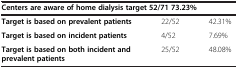
<table><thead><tr><td colspan="3"><b>Centers are aware of home dialysis target 52/71 73.23%</b></td></tr></thead><tbody><tr><td><b>Target is based on prevalent patients</b></td><td>22/52</td><td>42.31%</td></tr><tr><td><b>Target is based on incident patients</b></td><td>4/52</td><td>7.69%</td></tr><tr><td><b>Target is based on both incident and prevalent patients</b></td><td>25/52</td><td>48.08%</td></tr></tbody></table>